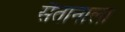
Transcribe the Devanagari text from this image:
सैतानाला